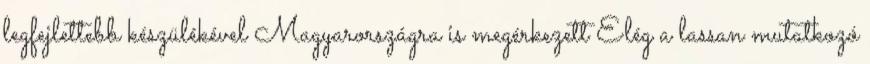
legfejlettebb készülékével Magyarországra is megérkezett Elég a lassan mutatkozó